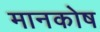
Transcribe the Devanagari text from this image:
मानकोष